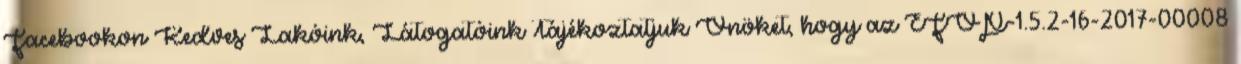
Facebookon Kedves Lakóink, Látogatóink Tájékoztatjuk Önöket, hogy az EFOP-1.5.2-16-2017-00008